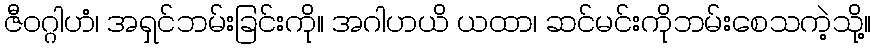
ဇီဝဂ္ဂါဟံ၊ အရှင်ဘမ်းခြင်းကို။ အဂါဟယိ ယထာ၊ ဆင်မင်းကိုဘမ်းစေသကဲ့သို့။